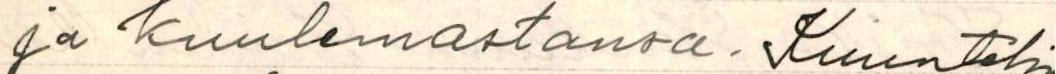
ja kuulemastansa. Kuuntelin